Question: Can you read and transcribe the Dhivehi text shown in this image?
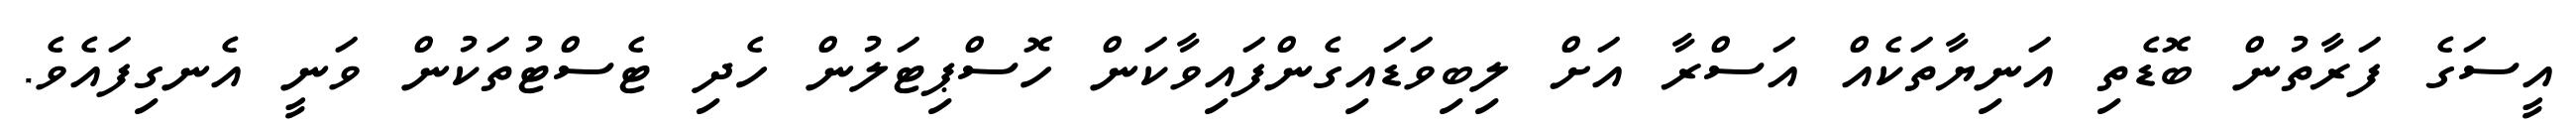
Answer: އީސަގެ ފަރާތުން ބޮޑެތި އަނިޔާތަކެއް އަސްރާ އަށް ލިބިވަޑައިގެންފައިވާކަން ހޮސްޕިޓަލުން ހެދި ޓެސްޓުތަކުން ވަނީ އެނގިފައެވެ.